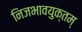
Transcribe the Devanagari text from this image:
निजभावयुक्तम्